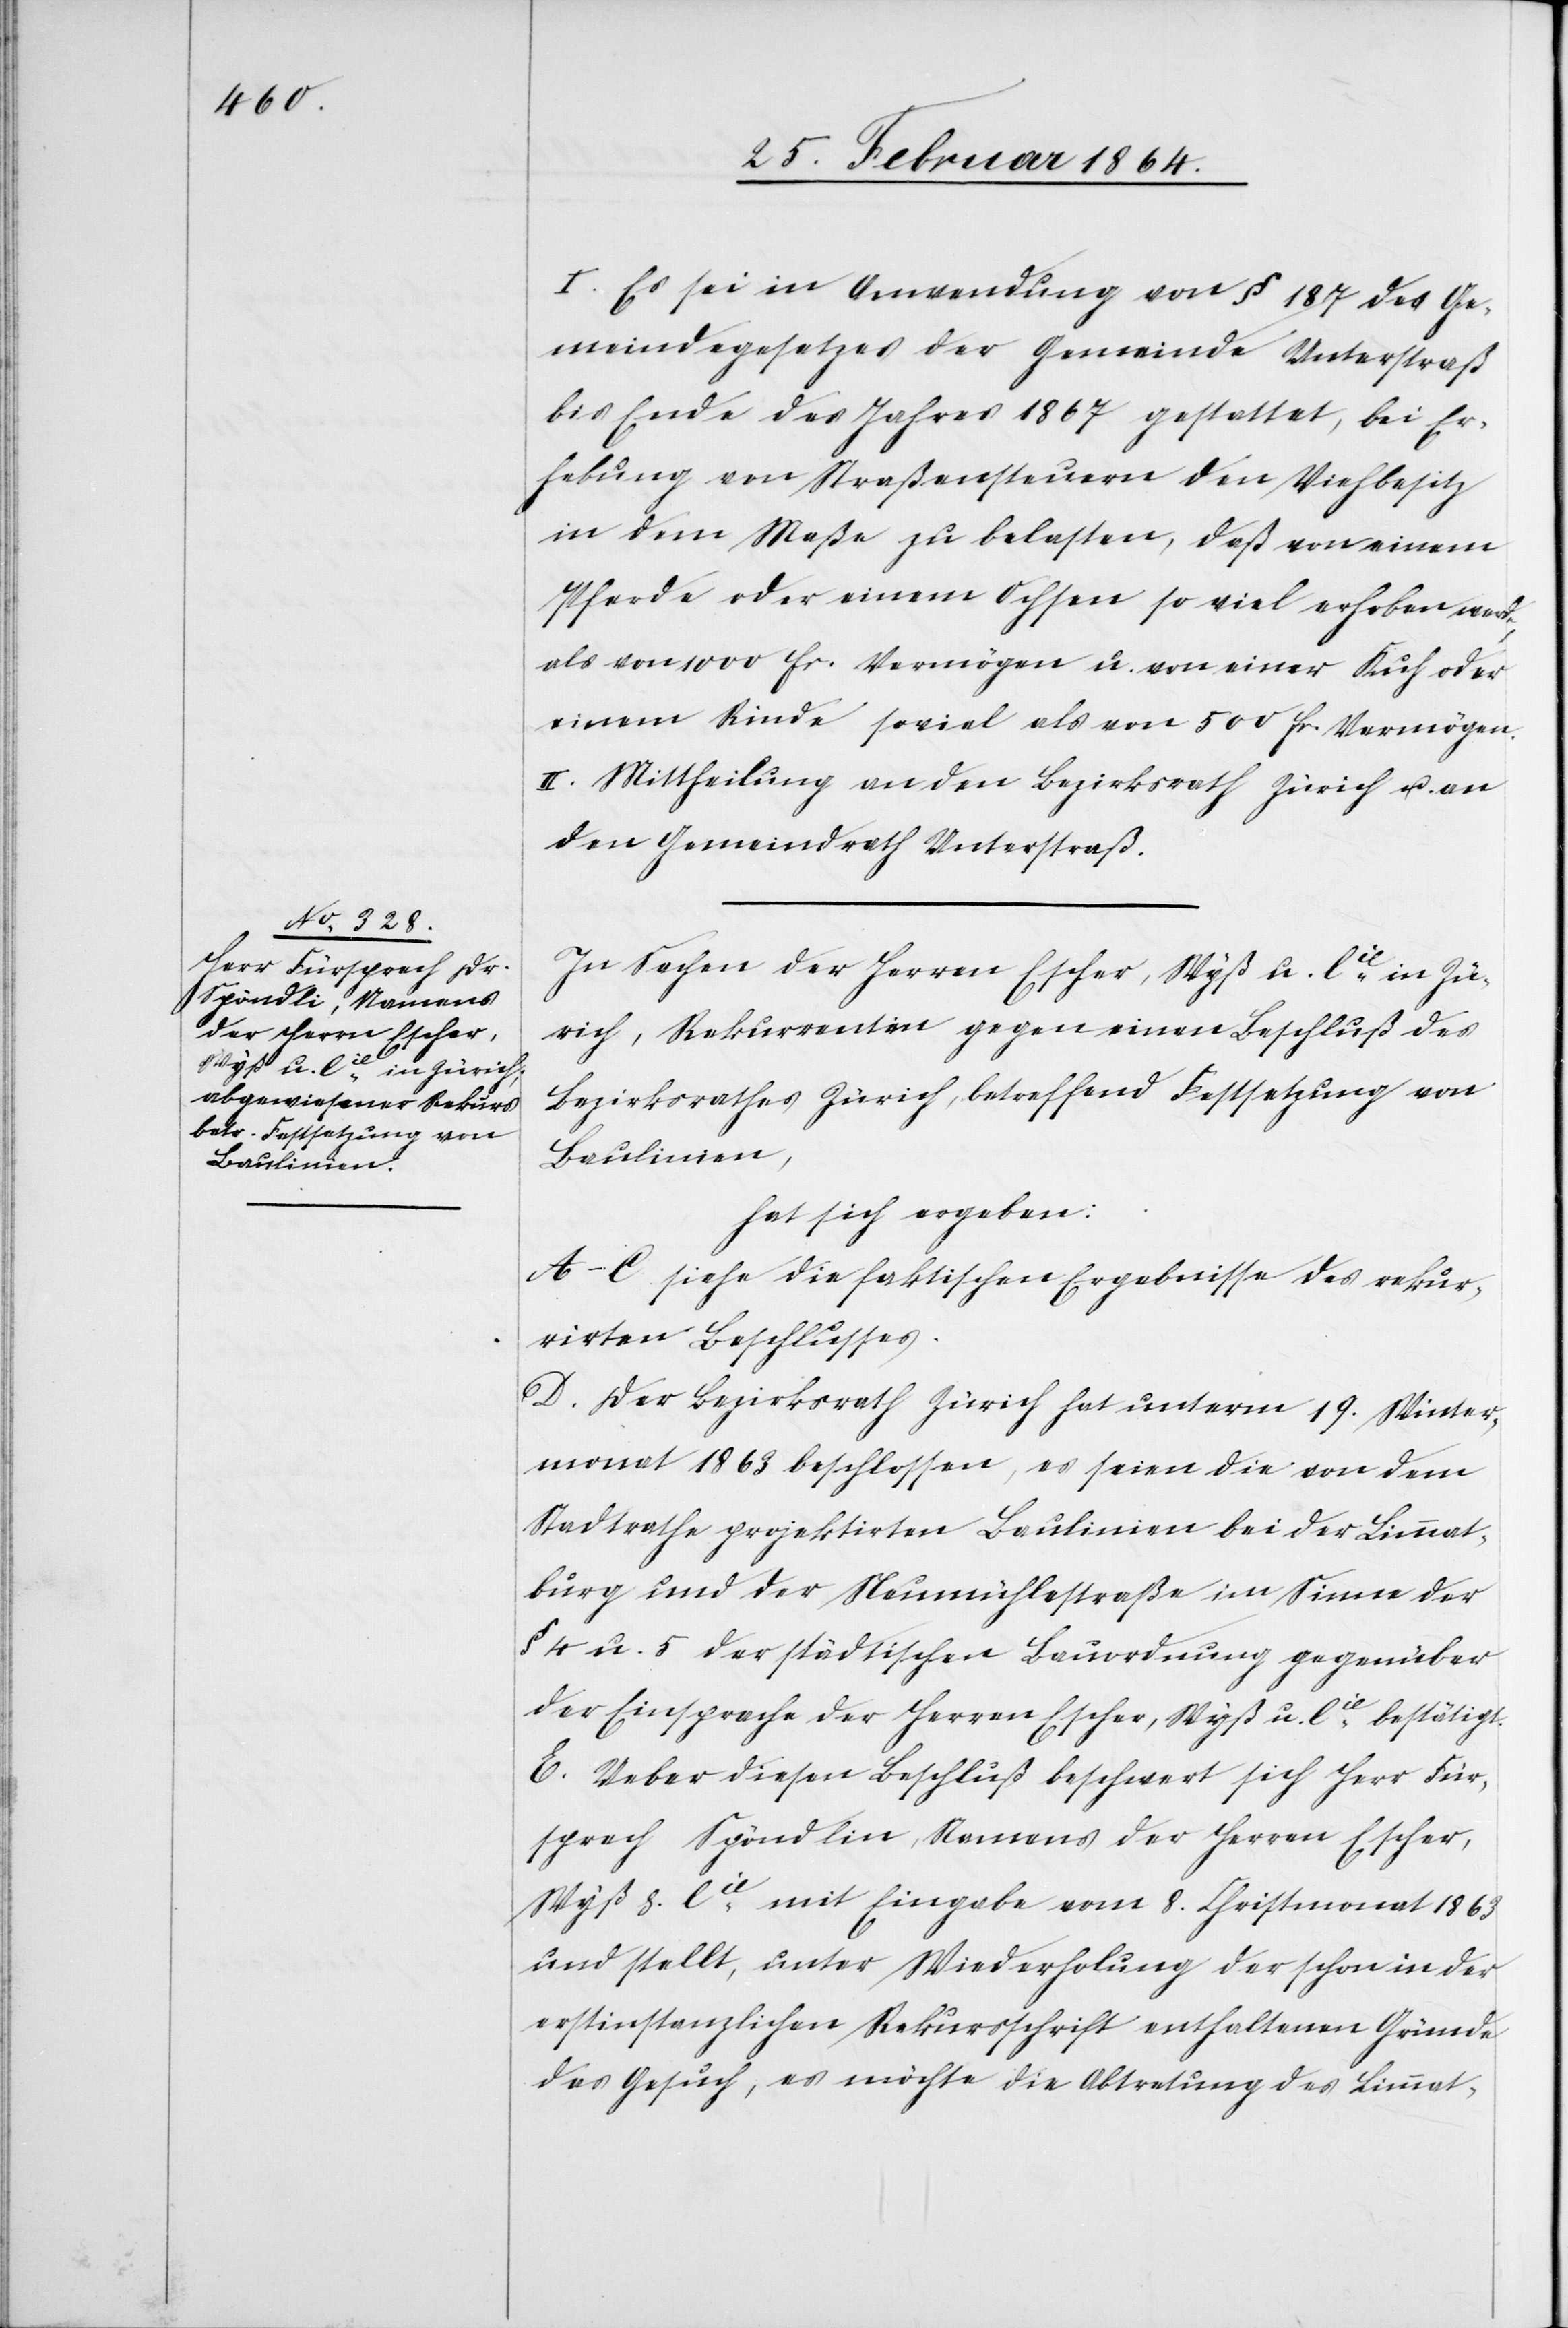
I. Es sei in Anwendung von § 187 des Ge¬
meindegesetzes der Gemeinde Unterstraß
bis Ende des Jahres 1867 gestattet, bei Er¬
hebung von Straßensteuern den Viehbesitz
in dem Maße zu belasten, daß von einem
Pferde oder einem Ochsen so viel erhoben werde,
als von 1000 fr. Vermögen u. von einer Kuh oder
einem Rinde soviel als von 5000 fr. Vermögen.
II. Mittheilung an den Bezirksrath Zürich u. an
den Gemeindrath Unterstraß.
In Sachen der Herren Escher, Wyß u. Cie in Zü¬
rich, Rekurrenten gegen einen Beschluß des
Bezirksrathes Zürich, betreffend Festsetzung von
Baulinien,
hat sich ergeben:
A–C. siehe die faktischen Ergebnisse des rekur¬
rirten Beschlusses.
D. Der Bezirksrath Zürich hat unterm 19. Winter¬
monat 1863 beschlossen, es seien die von dem
Stadtrathe projektirten Baulinien bei der Limmat¬
burg und der Neumühlestraße im Sinne der
§ 4 u. 5 der städtischen Bauordnung gegenüber
der Einsprache der Herren Escher, Wyß u. Cie bestätigt.
E. Ueber diesen Beschluß beschwert sich Herr Für¬
sprech Spöndlin [sic!], Namens der Herren Escher,
Wyß &. Cie mit Eingabe vom 8. Christmonat 1863
und stellt, unter Wiederholung der schon in der
erstinstanzlichen Rekursschrift enthaltenen Gründe
das Gesuch, es möchte die Abtretung des Limmat-